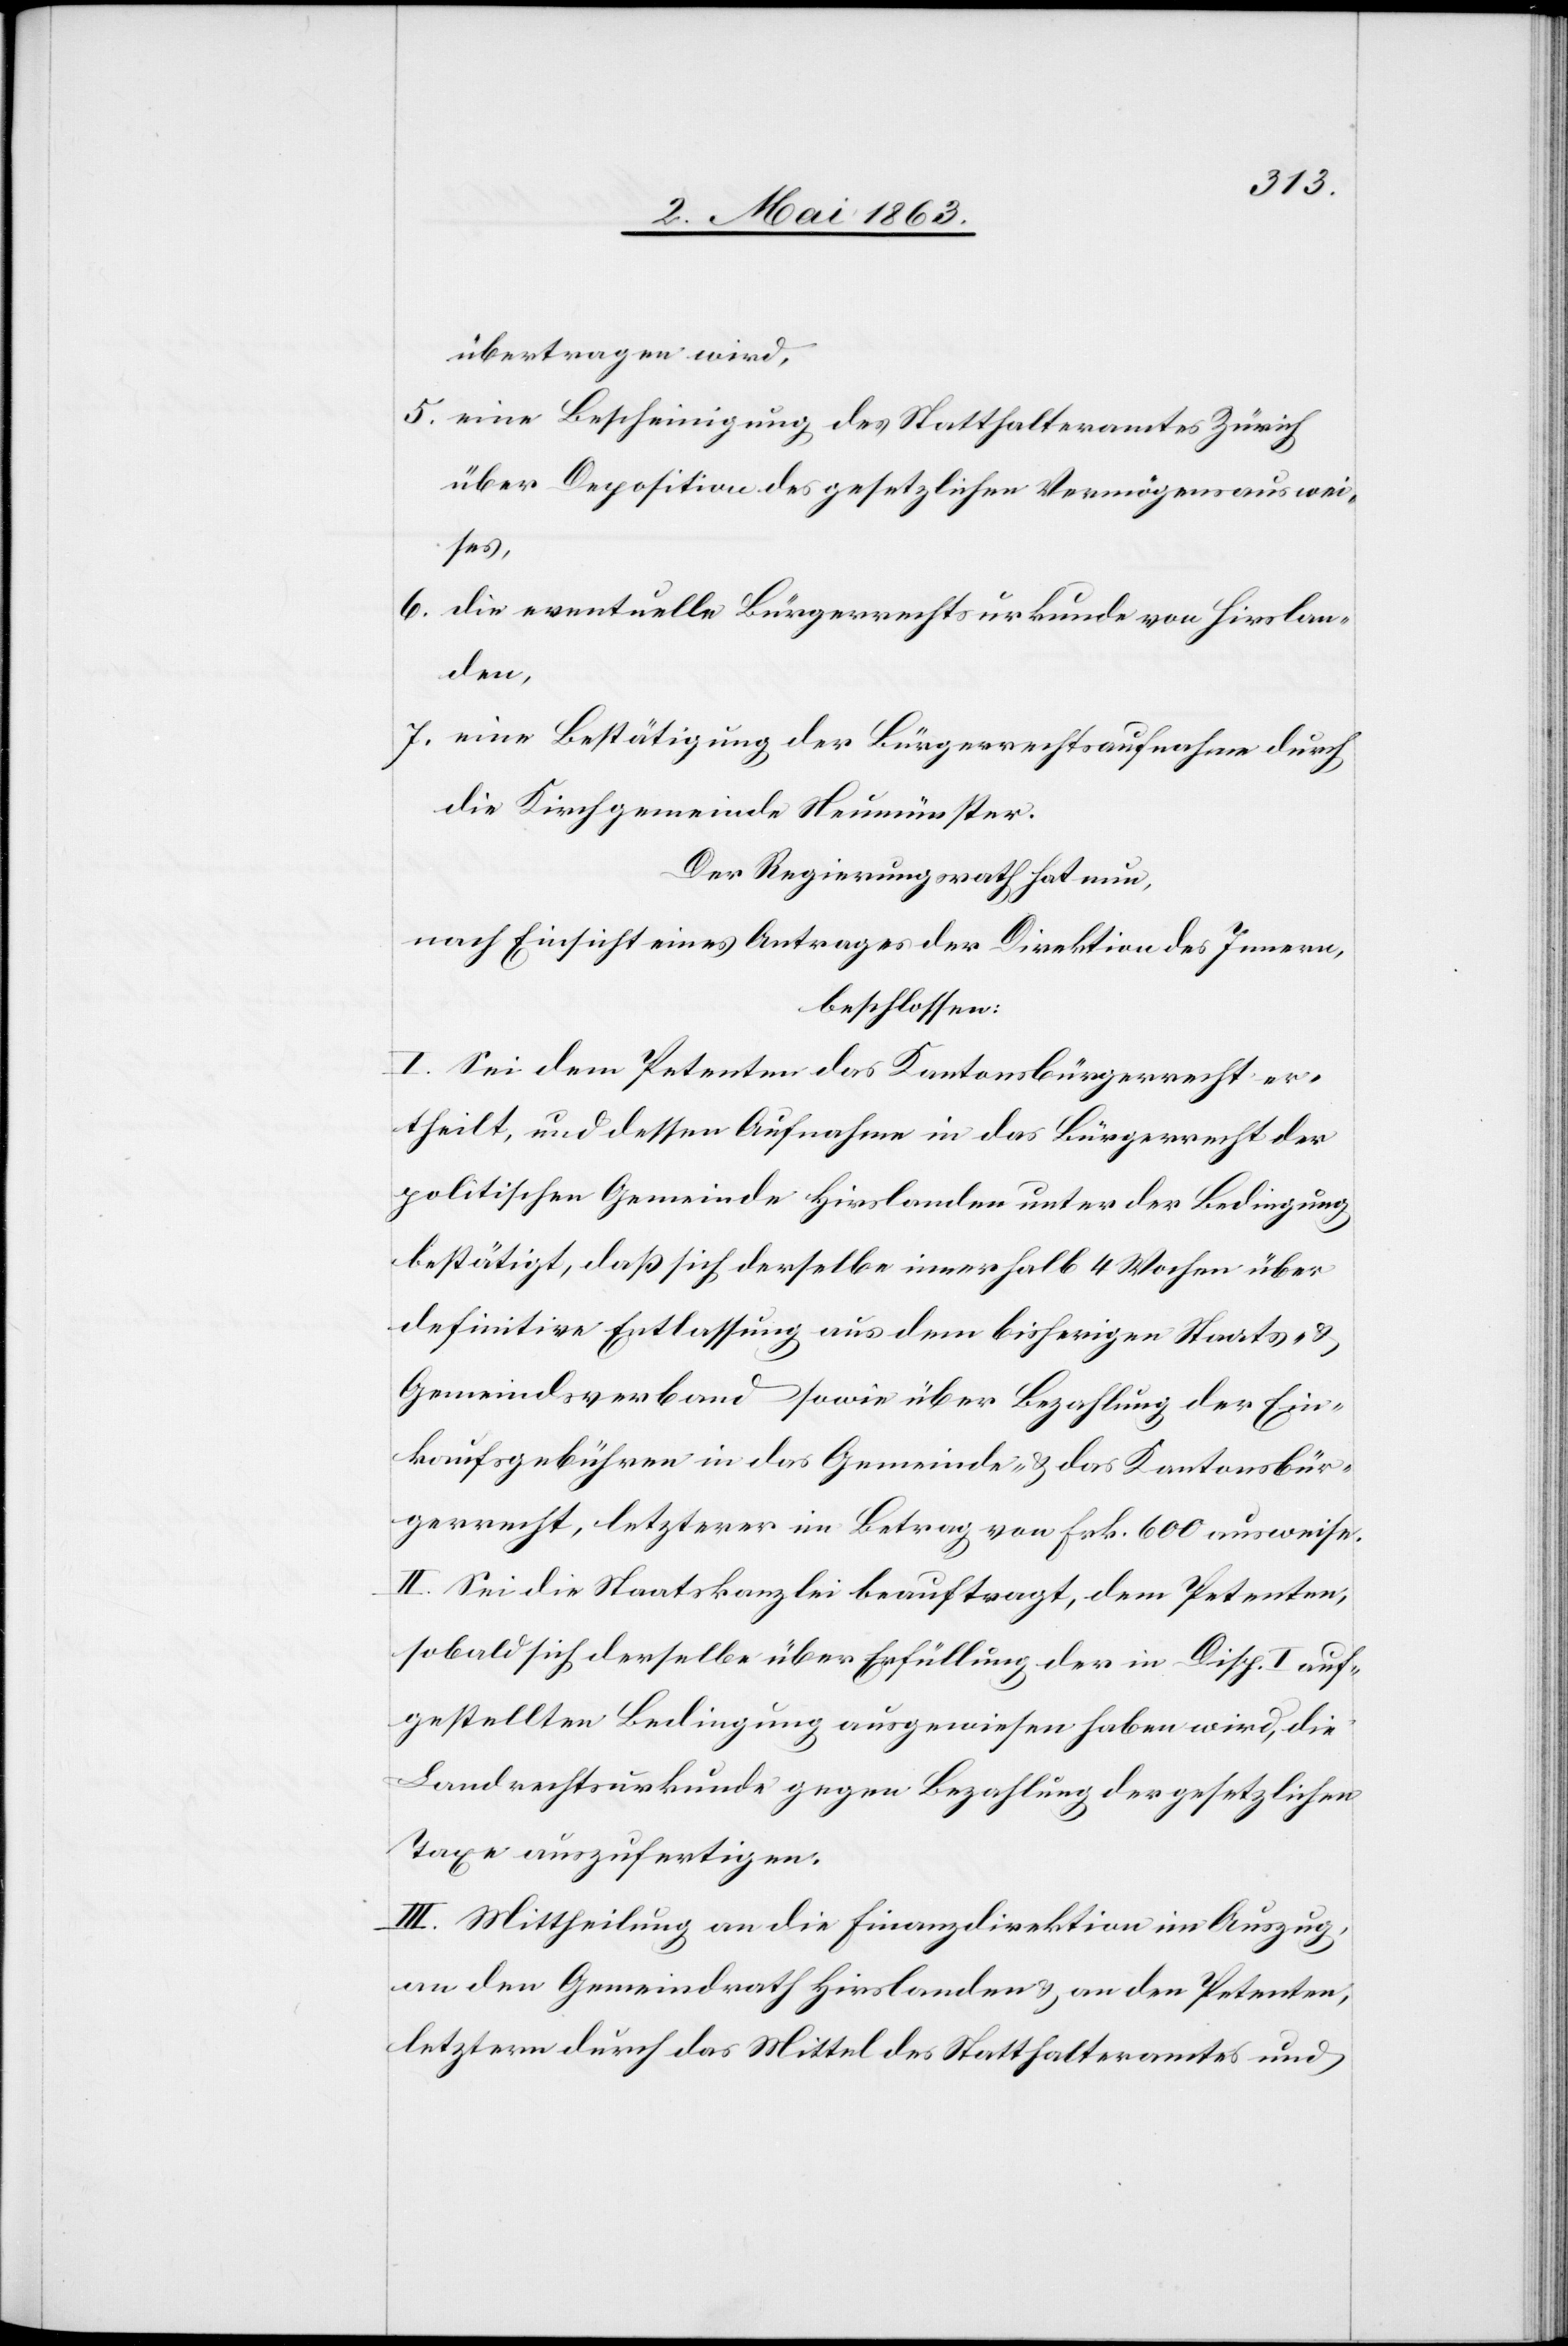
übertragen wird,
5. eine Bescheinigung des Statthalteramtes Zürich
über Deposition des gesetzlichen Vermögensauswei¬
ses,
6. die eventuelle Bürgerrechtsurkunde von Hirslan¬
den,
7. eine Bestätigung der Bürgerrechtsaufnahme durch
die Kirchgemeinde Neumünster.
Der Regierungsrath hat nun,
nach Einsicht eines Antrages der Direktion des Innern,
beschlossen:
I. Sei dem Petenten das Kantonsbürgerrecht er¬
theilt, und dessen Aufnahme in das Bürgerrecht der
politischen Gemeinde Hirslanden unter der Bedingung
bestätigt, daß sich derselbe innerhalb 4 Wochen über
definitive Entlassung aus dem bisherigen Staats- &
Gemeindsverband sowie über Bezahlung der Ein¬
kaufsgebühren in das Gemeinde- & das Kantonsbür¬
gerrecht, letzterer im Betrag von Frk. 600 ausweise.
II. Sei die Staatskanzlei beauftragt, dem Petenten,
sobald sich derselbe über Erfüllung der in Disp. I auf¬
gestellten Bedingung ausgewiesen haben wird, die
Landrechtsurkunde gegen Bezahlung der gesetzlichen
Taxe auszufertigen.
III. Mittheilung an die Finanzdirektion im Auszug,
an den Gemeindrath Hirslanden & an den Petenten,
letztern durch das Mittel des Statthalteramtes und